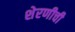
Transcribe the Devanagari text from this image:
शेरणीची